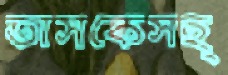
তাসকেসহ্